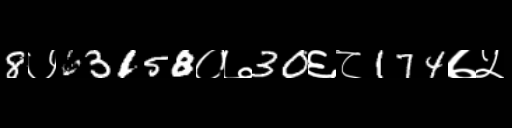
Text: 8७63158०७30६८174७५